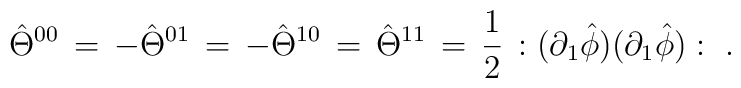
\hat{\Theta}^{0 0}\,=\,-\hat{\Theta}^{0 1}\,=\,-\hat{\Theta}^{1 0}\,=\,\hat{\Theta}^{1 1}\,= \,  \frac{1}{2}\,: (\partial_{1} \hat{\phi})(\partial_{1} \hat{\phi}) : \,\,.